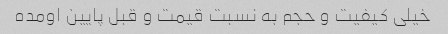
خیلی کیفیت و حجم به نسبت قیمت و قبل پایین اومده